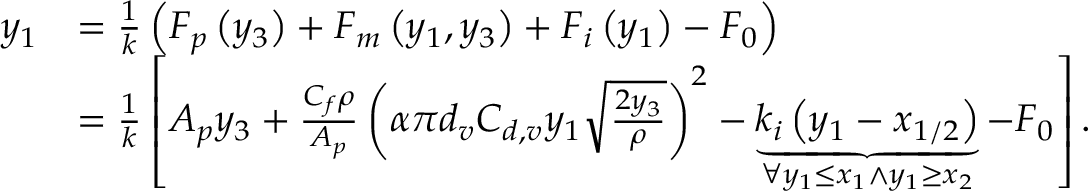
\begin{array} { r l } { y _ { 1 } } & { = \frac { 1 } { k } \left( F _ { p } \left( y _ { 3 } \right) + F _ { m } \left( y _ { 1 } , y _ { 3 } \right) + F _ { i } \left( y _ { 1 } \right) - F _ { 0 } \right) } \\ & { = \frac { 1 } { k } \left[ A _ { p } y _ { 3 } + \frac { C _ { f } \rho } { A _ { p } } \left( \alpha \pi d _ { v } C _ { d , v } y _ { 1 } \sqrt { \frac { 2 y _ { 3 } } { \rho } } \right) ^ { 2 } - \underbrace { k _ { i } \left( y _ { 1 } - x _ { 1 / 2 } \right) } _ { \forall y _ { 1 } \leq x _ { 1 } \land y _ { 1 } \geq x _ { 2 } } - F _ { 0 } \right] . } \end{array}